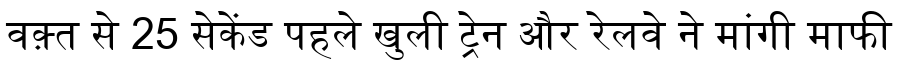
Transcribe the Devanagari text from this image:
वक़्त से 25 सेकेंड पहले खुली ट्रेन और रेलवे ने मांगी माफी